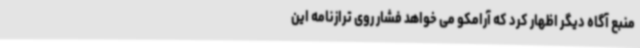
منبع آگاه دیگر اظهار کرد که آرامکو می خواهد فشار روی ترازنامه این